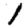
Digit: 1